French assistants in Scottish schools and training centres, 1920
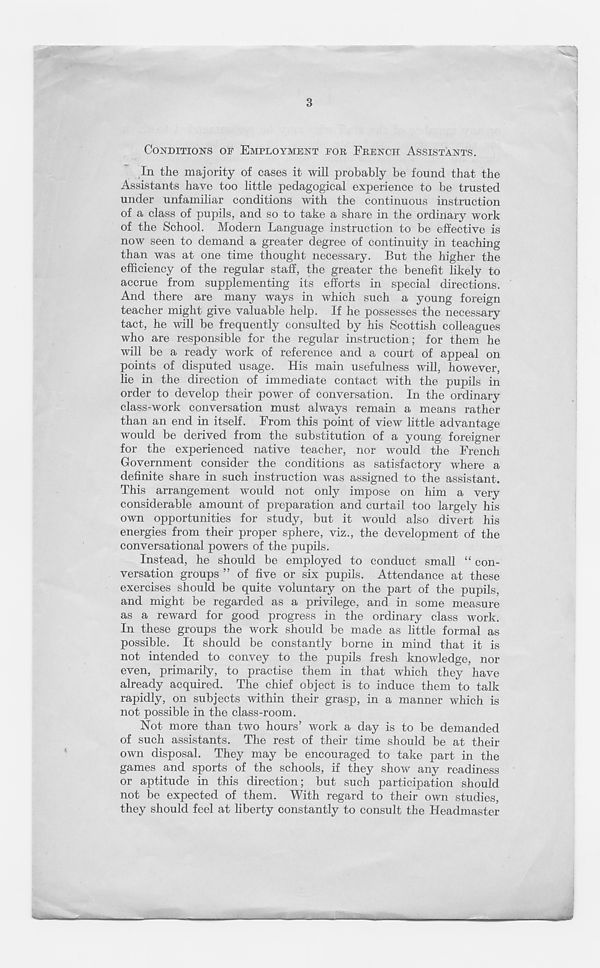
'
3
CONDITIONS OF EMPLOYMENT FOR FRENCH ASSISTANTS.
In the majority of cases it will probably be found that the
Assistants have too little pedagogical experience to be trusted
under unfamiliar conditions with the continuous instruction
of a class of pupils, and so to take a share in the ordinary work
of the School. Modern Language instruction to be effective is
now seen to demand a greater degree of continuity in teaching
than was at one time thought necessary. But the higher the
efficiency of the regular staff, the greater the benefit likely to
accrue from supplementing its efforts in special directions.
And there are many ways in which such a young foreign
teacher might give valuable help. If he possesses the necessary
tact, he will be frequently consulted by his Scottish colleagues
who are responsible for the regular instruction; for them he
will be a ready work of reference and a court of appeal on
points of disputed usage. His main usefulness will, however,
lie in the direction of immediate contact with the pupils in
order to develop their power of conversation. In the ordinary
class-work conversation must always remain a means rather
than an end in itself. From this point of view little advantage
would be derived from the substitution of a young foreigner
for the experienced native teacher, nor would the French
Government consider the conditions as satisfactory where a
definite share in such instruction was assigned to the assistant.
This arrangement would not only impose on him a very
considerable amount of preparation and curtail too largely his
own opportunities for study, but it would also divert his
energies from their proper sphere, viz., the development of the
conversational powers of the pupils.
Instead, he should be employed to conduct small “ con-
versation groups ” of five or six pupils. Attendance at these
exercises should be quite voluntary on the part of the pupils,
and might be regarded as a privilege, and in some measure
as a reward for good progress in the ordinary class work.
In these groups the work should be made as little formal as
possible. It should be constantly borne in mind that it is
not intended to convey to the pupils fresh knowledge, nor
even, primarily, to practise them in that which they have
already acquired. The chief object is to induce them to talk
rapidly, on subjects within their grasp, in a manner which is
not possible in the class-room.
Not more than two hours’ work a day is to be demanded
of such assistants. The rest of their time should be at their
own disposal. They may be encouraged to take part in the
games and sports of the schools, if they show any readiness
or aptitude in this direction; but such participation should
not be expected of them. With regard to their own studies,
they should feel at liberty constantly to consult the Headmaster